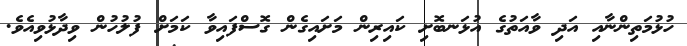
ހުޅުމަތިންނާއި އަދި ވާއަތުގެ އުޅަނބޮށި ކައިރިން މަށައިގެން ގޮސްފައިވާ ކަމަށް ފުލުހުން ވިދާޅުވިއެވެ.